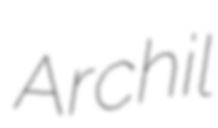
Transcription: Archil